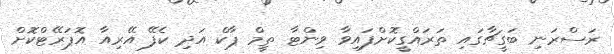
ރަސްރަނި ބަގީޗާގައި ތަރައްގީކޮށްފައިވާ ވިންޓާ ތީމް ޕާކް އަދި ކެފޭ އޭރިއާ އޮޕަރޭޓްކޮށް